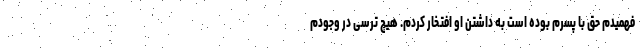
فهمیدم حق با پسرم بوده است به داشتن او افتخار کردم. هیچ ترسی در وجودم